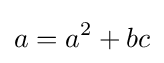
a=a^{2}+bc